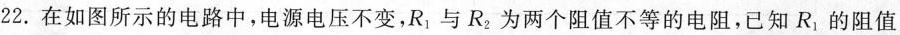
22. 在如图所示的电路中，电源电压不变，R_{1}与R_{2}为两个阻值不等的电阻，已知R_{1}的阻值